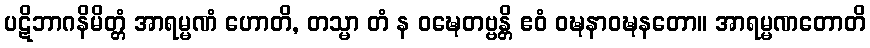
ပဋိဘာဂနိမိတ္တံ အာရမ္မဏံ ဟောတိ, တသ္မာ တံ န ဝဍ္ဎေတဗ္ဗန္တိ ဧဝံ ဝဍ္ဎနာဝဍ္ဎနတော။ အာရမ္မဏတောတိ